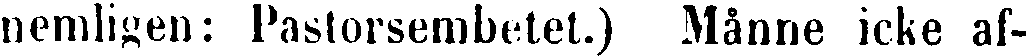
nemligen: Pastorsembetet.) Månne icke af-